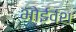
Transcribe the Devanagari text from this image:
भोईवंश